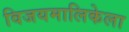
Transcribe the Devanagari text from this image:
विजयमालिकेला